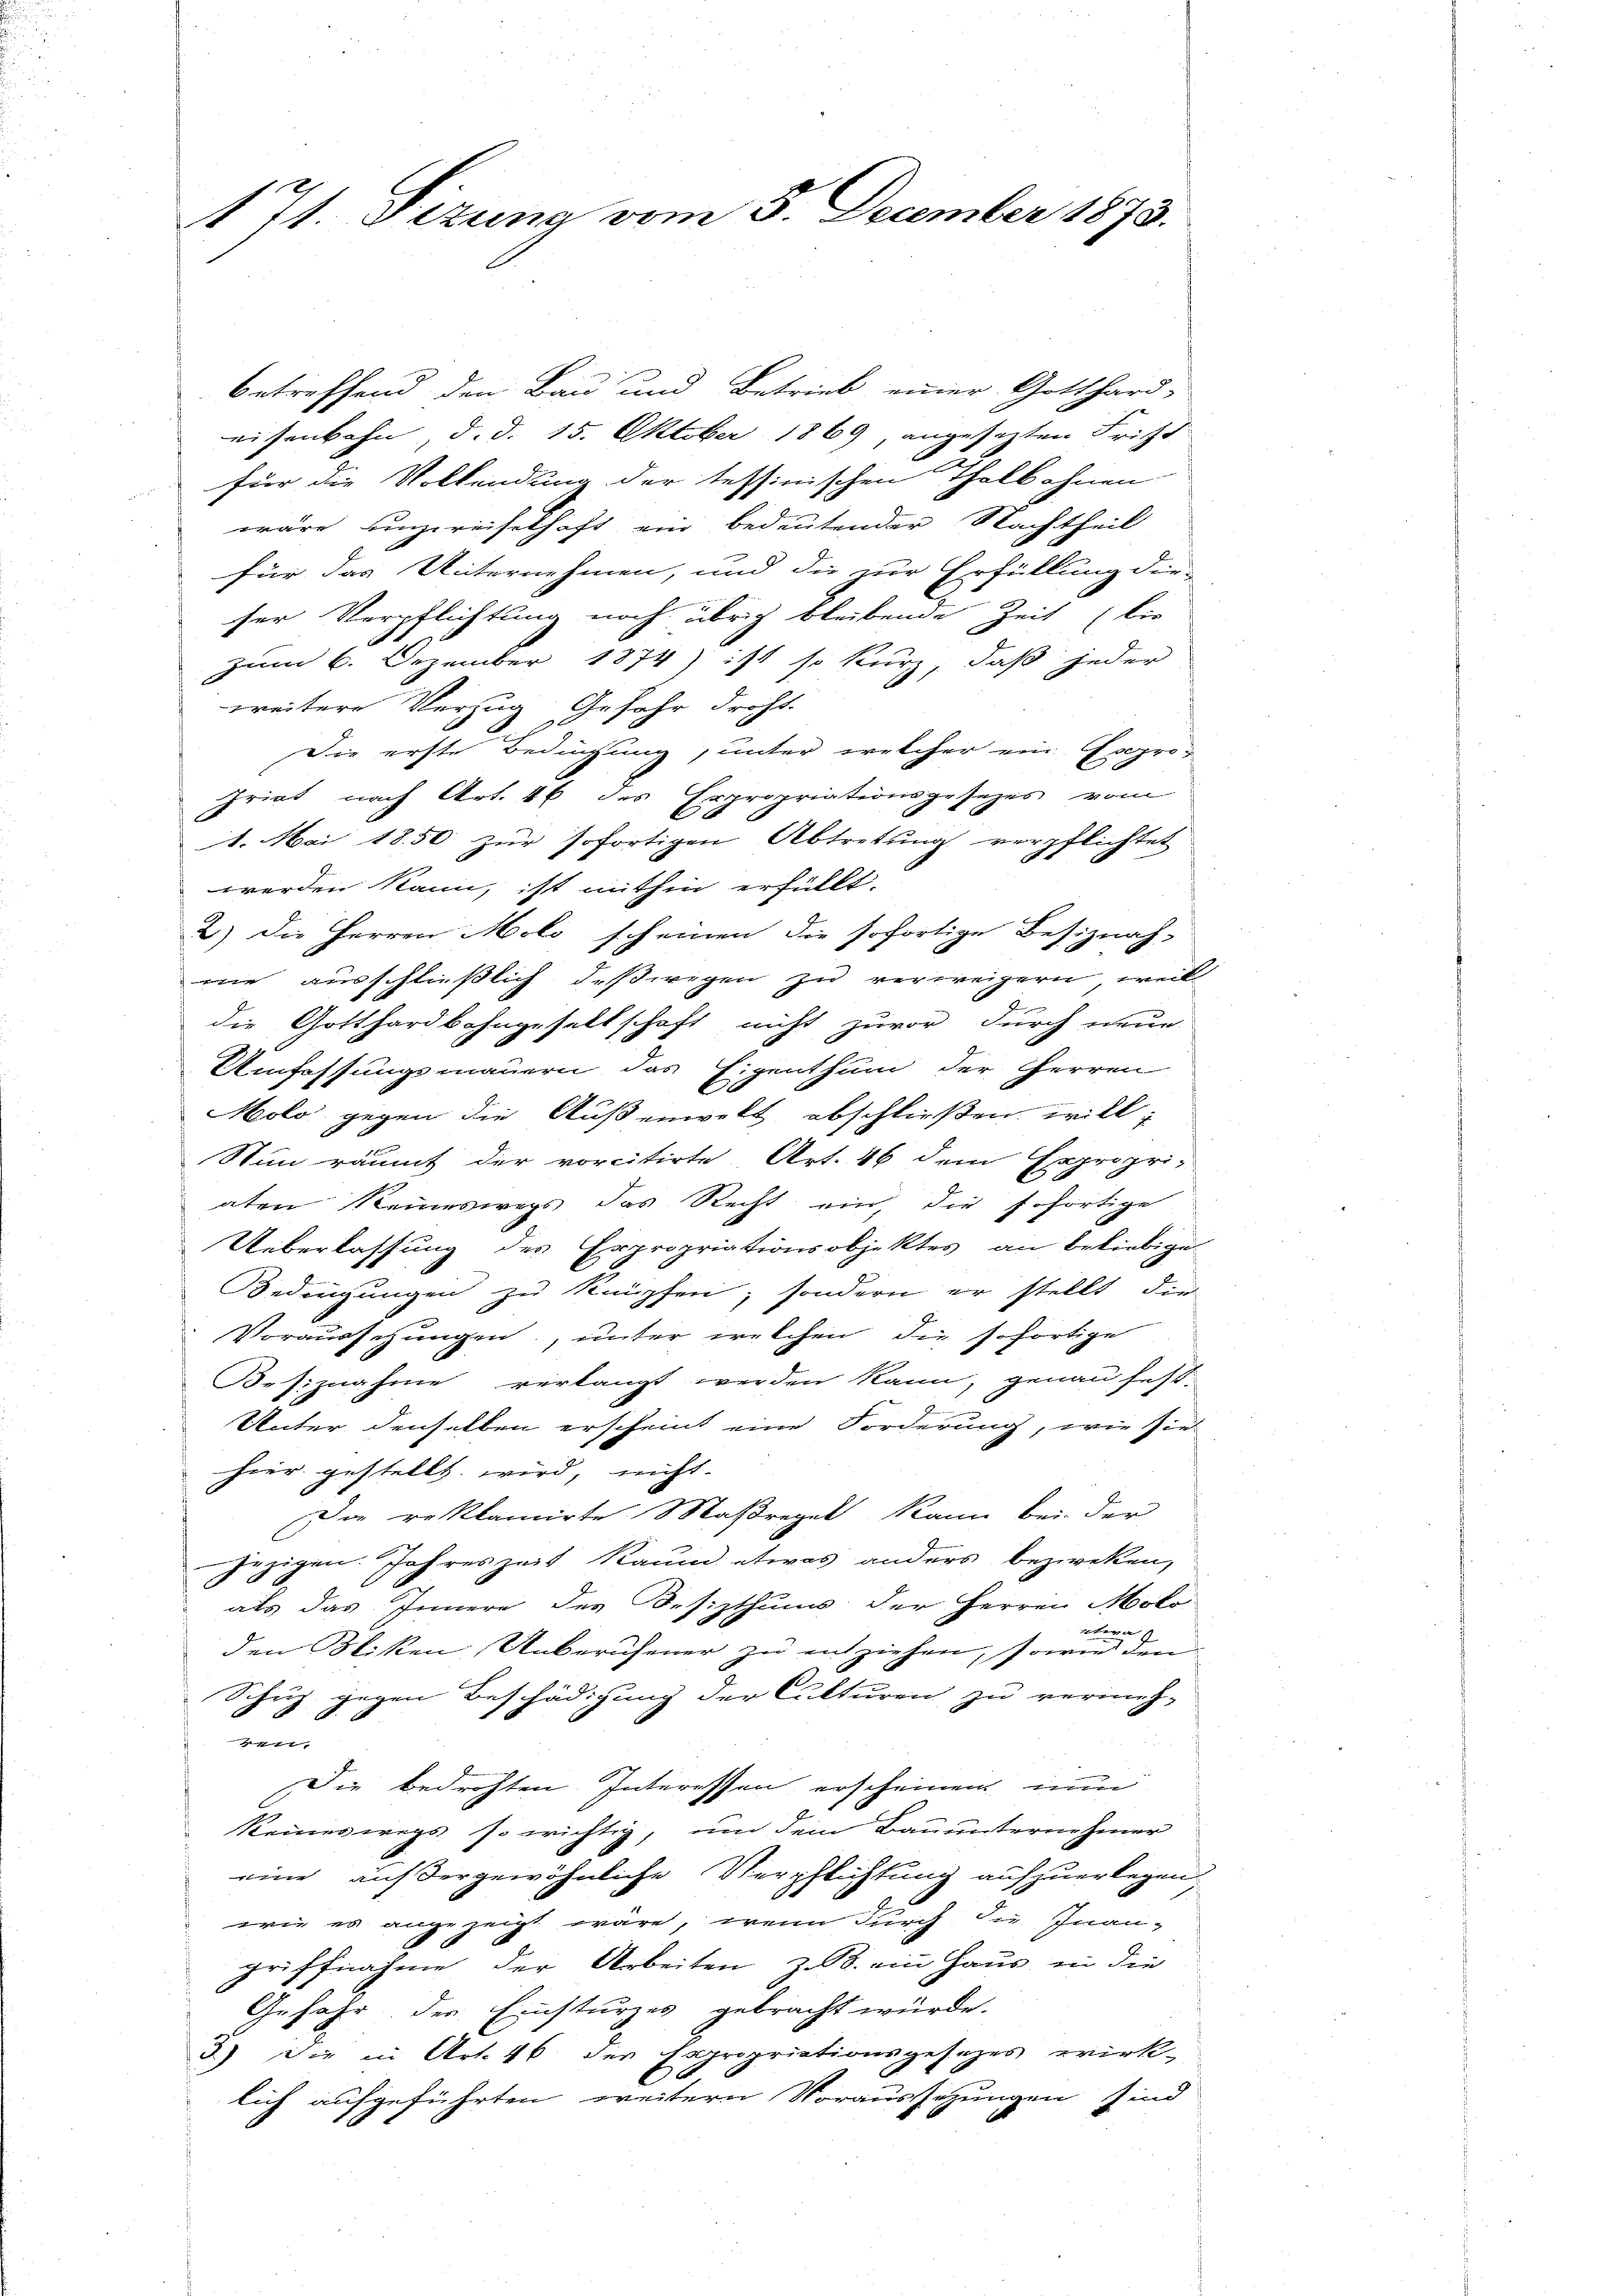
71. Sizung vom 5. December 1873.

betreffend den Bau und Betrieb einer Gotthard-
eisenbahn, d. d. 15. Oktober 1869, angesetzten Frist
für die Vollendung der tessinischen Thalb ohnen
wäre einzureisethaft ein bedeutender Nachtheil
für das Unternehmen, und die zur Erfüllung die-
ser Verpflichtung noch übrig bleibende Zeit (bis
zum 6. Dezember 1874) ist so kurz, daß jeder
weitere Verzug Gefahr droht.
Die erste Bedingung, unter welcher ein Expro-
priat nach Art. 46 des Erpropriationsgesetzes vom
1. Mai 1850 zur sofortigen Abtretung verpflichtet
werden kann, ist mithin erfüllt.
2) Die Herren Molo scheinen die sofortige Besiznah-
wie ausschließlich deßwegen zu verweigern, weil
die Gotthardbahngesellschaft nicht zuvor durch neue
Umfassungsmauern das Eigenthum der Herren
Molo gegen die Außenwelt abschließen will,
Sun räumt der vorcitirte Art. 46 dem Expropri-
aten Reineswegs das Recht ein, die sofortige
Ueberlassung des Erpropriationsobjektes an beliebige
Bedingungen zu knüpfen, sondern er stellt, die
Voraussetzungen, unter welchen die sofortige
Besiznahme verlangt werden kann, genau fest-
Unter denselben erscheint eine Forderung, wie sie
hier gestellt wird, nicht
Der reklamirte Maßregel kann bei der
jezigen. Jahreszeit Raum etwas anders bezweken,
als das Innere des Besizthums der Herren Molo
etwa
den Sitten Unberufener zu entziehen, sowie den
Schuz gegen Beschädigung der Culturen zu vermeh-
1
Die bedrohten Interessen erscheinen nun
keineswegs so wichtig, um dem Bauunternehmer
eine auf dergewöhnliche Verpflichtung aufzuerlegen,
wie es angezeigt wäre, wenn durch die Inangriffnahme der Arbeiten z. B. ein Haus in die
Gefahr der Einsturzes gebracht würde.
3.) Die in Art. 46 der Expropriationsgesezes wirk-
lich aufgeführten weitern Voraussezungen sind